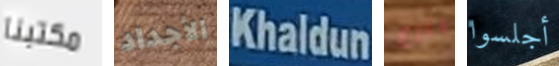
مكتبنا الأجداد Khaldun بارع أجلسوا